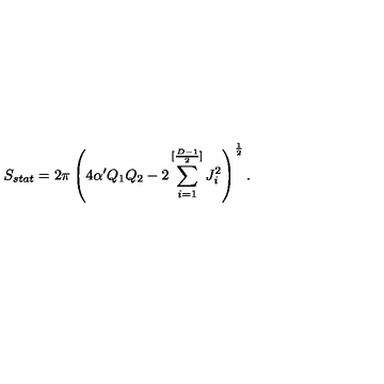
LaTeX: S _ { s t a t } = 2 \pi \left( 4 \alpha ^ { \prime } Q _ { 1 } Q _ { 2 } - 2 \sum _ { i = 1 } ^ { [ { \frac { D - 1 } { 2 } } ] } J _ { i } ^ { 2 } \right) ^ { \frac { 1 } { 2 } } .